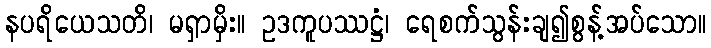
နပရိယေသတိ၊ မရှာမှိး။ ဥဒကူပဿဋ္ဌံ၊ ရေစက်သွန်းချ၍စွန့်အပ်သော။